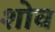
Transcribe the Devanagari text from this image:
शोव